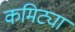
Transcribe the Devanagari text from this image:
कमिट्या